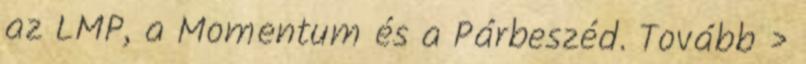
az LMP, a Momentum és a Párbeszéd. Tovább ›